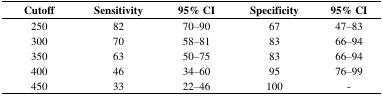
<table><thead><tr><td><b>Cutoff</b></td><td><b>Sensitivity</b></td><td><b>95% CI</b></td><td><b>Specificity</b></td><td><b>95% CI</b></td></tr></thead><tbody><tr><td>250</td><td>82</td><td>70–90</td><td>67</td><td>47–83</td></tr><tr><td>300</td><td>70</td><td>58–81</td><td>83</td><td>66–94</td></tr><tr><td>350</td><td>63</td><td>50–75</td><td>83</td><td>66–94</td></tr><tr><td>400</td><td>46</td><td>34–60</td><td>95</td><td>76–99</td></tr><tr><td>450</td><td>33</td><td>22–46</td><td>100</td><td>-</td></tr></tbody></table>